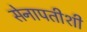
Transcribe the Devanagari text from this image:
सेनापतीशी